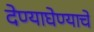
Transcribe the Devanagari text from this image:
देण्याघेण्याचे